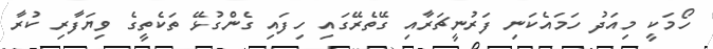
ހޯމަކީ މިއަދު ހަމައެކަނި ފަރުނީޗަރާއި ގޭތެރޭގައި ހިފައި ގެންގުޅޭ ތަކެތީގެ ވިޔަފާރި ކުރާ